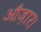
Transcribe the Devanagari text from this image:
औज़ार।